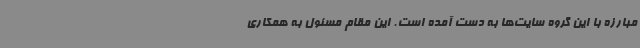
مبارزه با این گروه سایت‌ها به دست آمده است. این مقام مسئول به همکاری